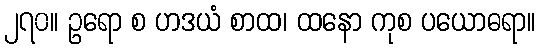
၂၇၀။ ဥရော စ ဟဒယံ စာထ၊ ထနော ကုစ ပယောဓရာ။